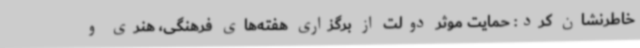
خاطرنشان کرد: حمایت موثر دولت از برگزاری هفته‌های فرهنگی، هنری و